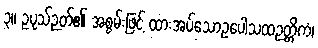
၃။ ဥပုသ်ဉတ်၏ အစွမ်းဖြင့် ထားအပ်သောဥပေါသထဉတ္တိကံ၊